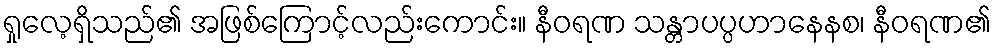
ရှုလေ့ရှိသည်၏ အဖြစ်ကြောင့်လည်းကောင်း။ နီဝရဏ သန္တာပပ္ပဟာနေနစ၊ နီဝရဏ၏